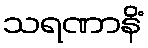
သရဏာနိံ